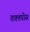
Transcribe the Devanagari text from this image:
तक्तपोस